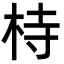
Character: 㭙